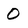
Character: O